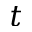
t